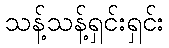
သန့်သန့်ရှင်းရှင်း